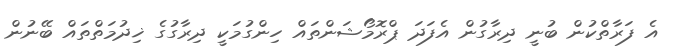
އެ ފަރާތްކުން ބުނީ ދިރާގުން އެފަދަ ޕްރޮމޯޝަންތައް ހިންގުމަކީ ދިރާގުގެ ޚިދުމަތްތައް ބޭނުން